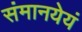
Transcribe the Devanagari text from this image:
संमानयेयं